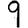
Digit: 9